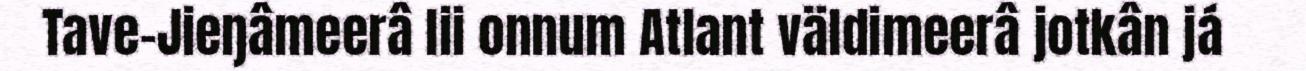
Tave-Jieŋâmeerâ lii onnum Atlant väldimeerâ jotkân já